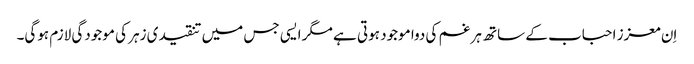
اِن معزز احباب کے ساتھ ہر غم کی دوا موجود ہوتی ہے مگر ایسی جس میں تنقیدی زہر کی موجودگی لازم ہوگی۔